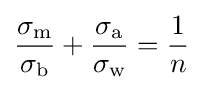
{\frac {\sigma _{\text{m}}}{\sigma _{\text{b}}}}+{\frac {\sigma _{\text{a}}}{\sigma _{\text{w}}}}={\frac {1}{n}}